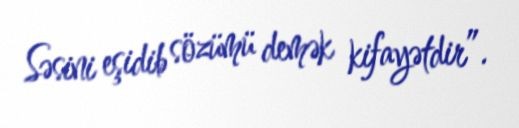
Səsini eşidib sözümü demək kifayətdir”.